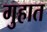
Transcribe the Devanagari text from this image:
गुहात